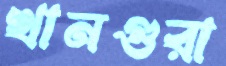
খানগুরা